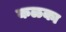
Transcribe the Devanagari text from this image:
कळका